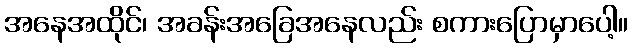
အနေအထိုင်၊ အခန်းအခြေအနေလည်း စကားပြောမှာပေါ့။